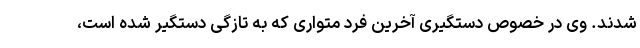
شدند. وی در خصوص دستگیری آخرین فرد متواری که به تازگی دستگیر شده است،